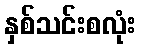
နှစ်သင်းစလုံး